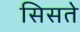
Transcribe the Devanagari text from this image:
सिसते